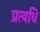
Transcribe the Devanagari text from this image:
प्रत्यधि